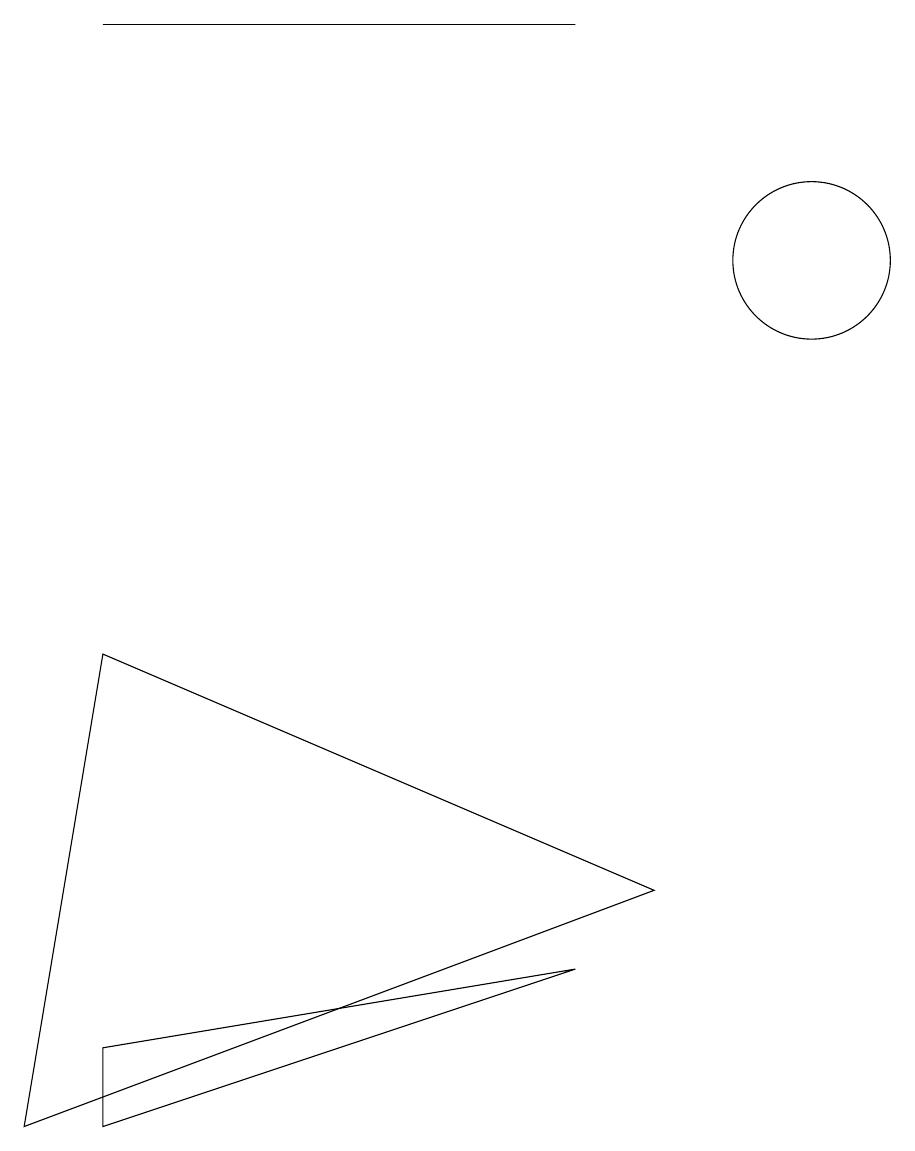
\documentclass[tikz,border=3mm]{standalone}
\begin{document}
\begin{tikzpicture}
\draw (1,1) -- (1,0) -- (7,2) -- cycle;
\draw (10,11) circle (1);
\draw (8,3) -- (1,6) -- (0,0) -- cycle;
\draw (1,14) rectangle (7,14);
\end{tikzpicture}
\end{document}